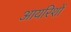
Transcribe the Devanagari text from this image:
आयरिशों